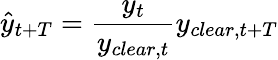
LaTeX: \hat{y}_{t+T}=\frac{y_{t}}{y_{clear,t}}y_{clear,t+T}